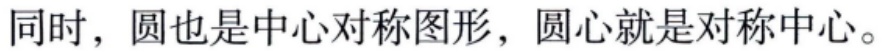
同时，圆也是中心对称图形，圆心就是对称中心。